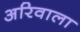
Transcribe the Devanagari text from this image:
अरिवाला